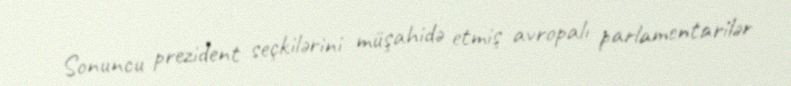
Sonuncu prezident seçkilərini müşahidə etmiş avropalı parlamentarilər